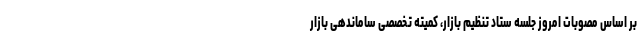
بر اساس مصوبات امروز جلسه ستاد تنظیم بازار، کمیته تخصصی ساماندهی بازار